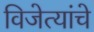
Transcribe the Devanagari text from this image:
विजेत्यांचे